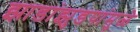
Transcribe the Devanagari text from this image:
झाडांझुडपांमुळे